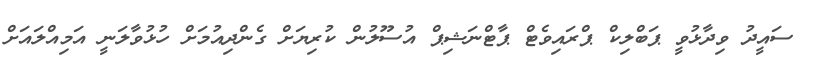
ސައީދު ވިދާޅުވީ ޕަބްލިކް ޕްރައިވެޓް ޕާޓްނަޝިޕް އުސޫލުން ކުރިޔަށް ގެންދިއުމަށް ހުޅުވާލަނީ އަމިއްލައަށް